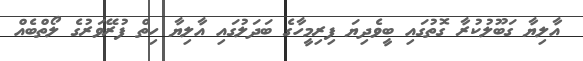
އާލިޔާ ގަބޫލުކުރާ ގޮތުގައި ބީވެދިޔަ ފިރިމީހާގެ ބަދަލުގައި އާލިޔާ ހިތް ފުރޭވަރުގެ ލޯތްބެއް